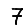
Digit: 7